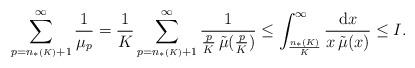
LaTeX: \begin{align*}\sum_{p=n_{*}{\scriptscriptstyle (K)}+1}^\infty \frac{1}{\mu_{p}} =\frac{1}{K} \sum_{p=n_{*}{\scriptscriptstyle (K)}+1}^\infty \frac{1}{\frac{p}{K}\, \tilde\mu(\frac{p}{K})} \leq \int_{\frac{n_{*}{\scriptscriptstyle (K)}}{K}}^\infty \frac{\textup{d}x }{x\, \tilde \mu(x)} \leq I.\end{align*}